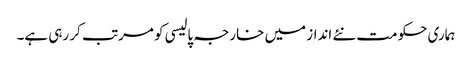
ہماری حکومت نئے انداز میں خارجہ پالیسی کو مرتب کر رہی ہے۔